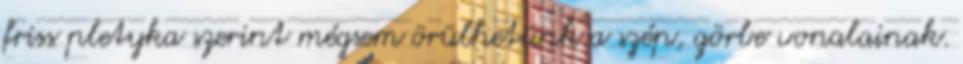
friss pletyka szerint mégsem örülhetünk a szép, görbe vonalainak.